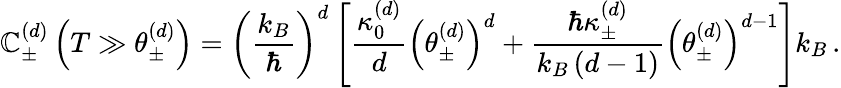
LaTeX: \mathbb{C}_{\pm}^{\left(d\right)}\left(T\gg\theta_{\pm}^{\left(d\right)}\right)=\left(\frac{{k_{B}}}{{\hbar}}\right)^{d}\left[\frac{{\kappa_{0}^{\left(d\right)}}}{{d}}\left(\theta_{\pm}^{\left(d\right)}\right)^{d}+\frac{{\hbar\kappa_{\pm}^{\left(d\right)}}}{{k_{B}\left(d-1\right)}}\left(\theta_{\pm}^{\left(d\right)}\right)^{d-1}\right]k_{B}\, .